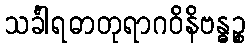
သင်္ခါရဓာတုရာဂဝိနိဗန္ဓဉ္စ